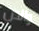
والدن